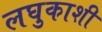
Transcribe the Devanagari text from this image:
लघुकाशी